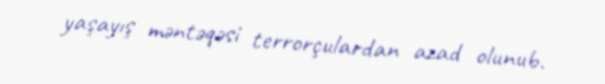
yaşayış məntəqəsi terrorçulardan azad olunub.